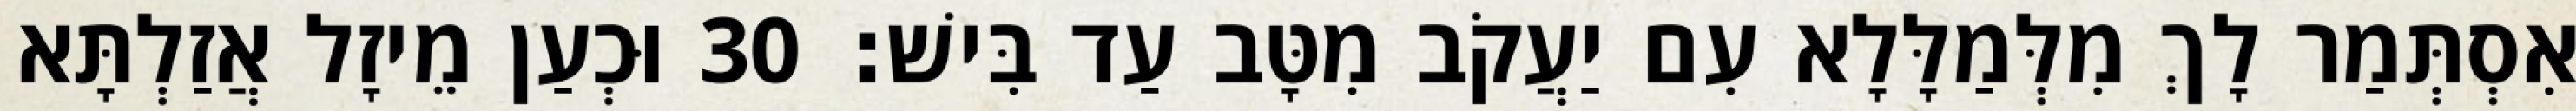
אִסְתְּמַר לָךְ מִלְּמַלָּלָא עִם יַעֲקֹב מִטָּב עַד בִּישׁ׃ 30 וּכְעַן מֵיזָל אֲזַלְתָּא